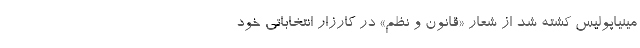
مینیاپولیس کشته شد از شعار «قانون و نظم» در کارزار انتخاباتی خود